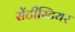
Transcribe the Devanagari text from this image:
सेंटीस्टियर